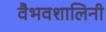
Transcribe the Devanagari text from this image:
वैभवशालिनी